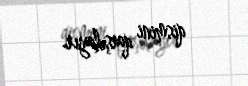
qismini qarşılayır.